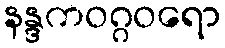
နန္ဒကဝဂ္ဂဝရော